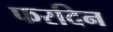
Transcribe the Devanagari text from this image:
फरदिन